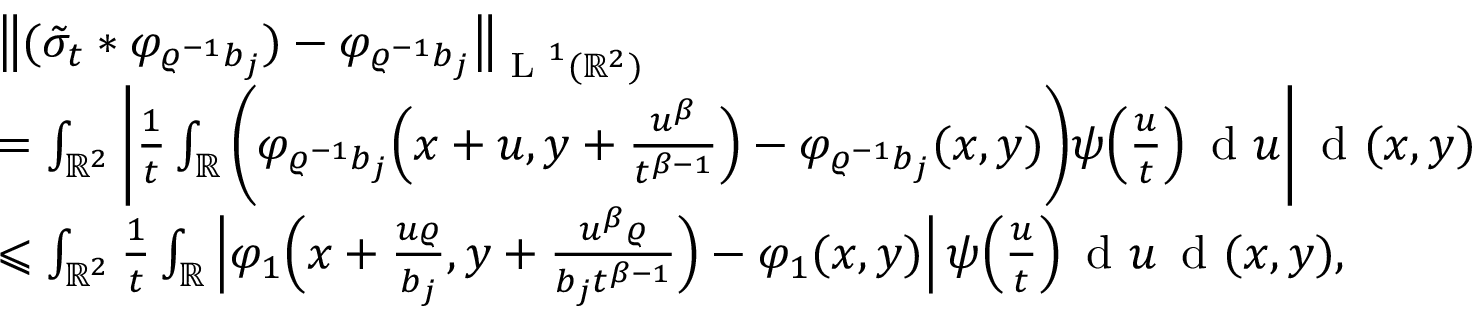
\begin{array} { r l } & { \big \| ( \tilde { \sigma } _ { t } \ast \varphi _ { \varrho ^ { - 1 } b _ { j } } ) - \varphi _ { \varrho ^ { - 1 } b _ { j } } \big \| _ { \textup { L } ^ { 1 } ( \mathbb { R } ^ { 2 } ) } } \\ & { = \int _ { \mathbb { R } ^ { 2 } } \bigg | \frac { 1 } { t } \int _ { \mathbb { R } } \bigg ( \varphi _ { \varrho ^ { - 1 } b _ { j } } \Big ( x + u , y + \frac { u ^ { \beta } } { t ^ { \beta - 1 } } \Big ) - \varphi _ { \varrho ^ { - 1 } b _ { j } } ( x , y ) \bigg ) \psi \Big ( \frac { u } { t } \Big ) \, \textup { d } u \bigg | \, \textup { d } ( x , y ) } \\ & { \leqslant \int _ { \mathbb { R } ^ { 2 } } \frac { 1 } { t } \int _ { \mathbb { R } } \Big | \varphi _ { 1 } \Big ( x + \frac { u \varrho } { b _ { j } } , y + \frac { u ^ { \beta } \varrho } { b _ { j } t ^ { \beta - 1 } } \Big ) - \varphi _ { 1 } ( x , y ) \Big | \, \psi \Big ( \frac { u } { t } \Big ) \, \textup { d } u \, \textup { d } ( x , y ) , } \end{array}